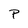
Character: p